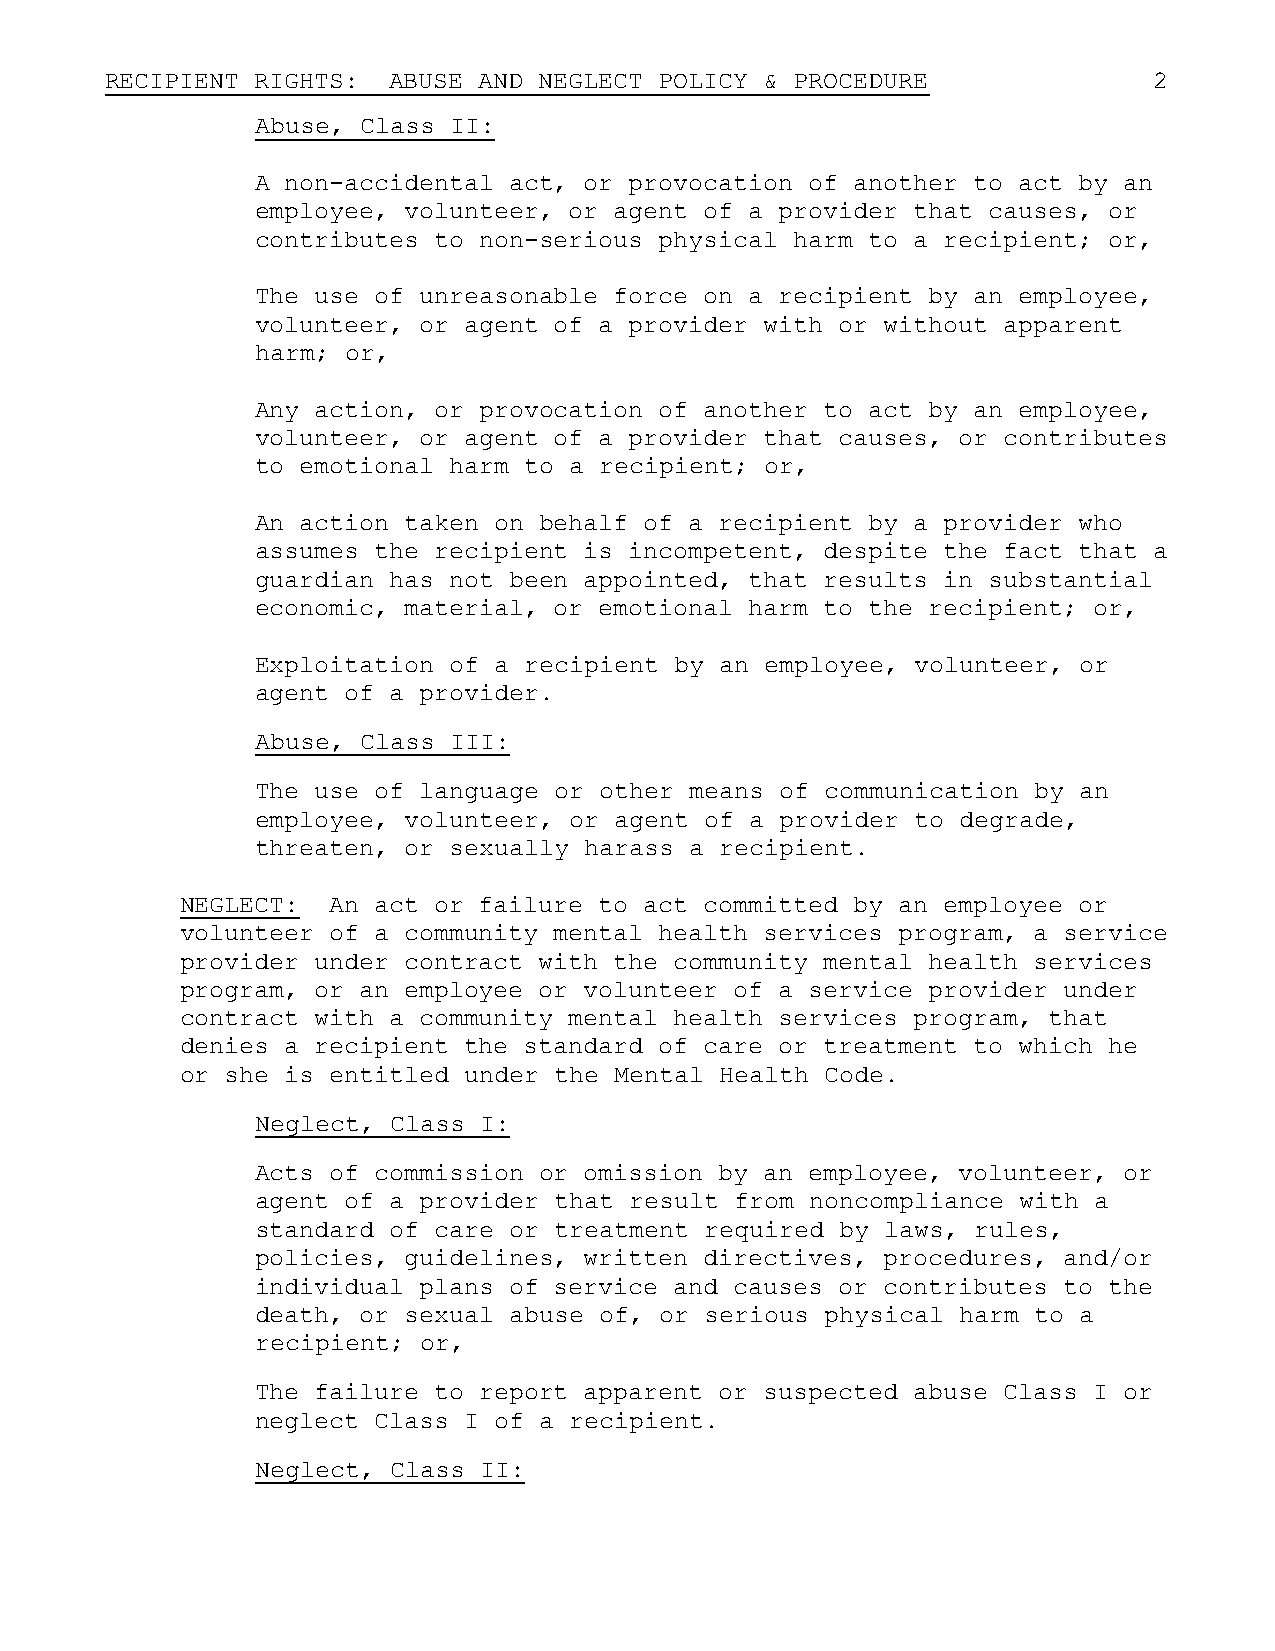
RECIPIENT RIGHTS:  ABUSE AND NEGLECT POLICY & PROCEDURE              2
 Abuse, Class II:
 A non-accidental act, or provocation of another to act by an
 employee, volunteer, or agent of a provider that causes, or
 contributes to non-serious physical harm to a recipient; or,
 The use of unreasonable force on a recipient by an employee,
 volunteer, or agent of a provider with or without apparent
 harm; or,
 Any action, or provocation of another to act by an employee,
 volunteer, or agent of a provider that causes, or contributes
 to emotional harm to a recipient; or,
 An action taken on behalf of a recipient by a provider who
 assumes the recipient is incompetent, despite the fact that a
 guardian has not been appointed, that results in substantial
 economic, material, or emotional harm to the recipient; or,
 Exploitation of a recipient by an employee, volunteer, or
 agent of a provider.
 Abuse, Class III:
 The use of language or other means of communication by an
 employee, volunteer, or agent of a provider to degrade,
 threaten, or sexually harass a recipient.
 NEGLECT:  An act or failure to act committed by an employee or
 volunteer of a community mental health services program, a service
 provider under contract with the community mental health services
 program, or an employee or volunteer of a service provider under
 contract with a community mental health services program, that
 denies a recipient the standard of care or treatment to which he
 or she is entitled under the Mental Health Code.
 Neglect, Class I:
 Acts of commission or omission by an employee, volunteer, or
 agent of a provider that result from noncompliance with a
 standard of care or treatment required by laws, rules,
 policies, guidelines, written directives, procedures, and/or
 individual plans of service and causes or contributes to the
 death, or sexual abuse of, or serious physical harm to a
 recipient; or,
 The failure to report apparent or suspected abuse Class I or
 neglect Class I of a recipient.
 Neglect, Class II: